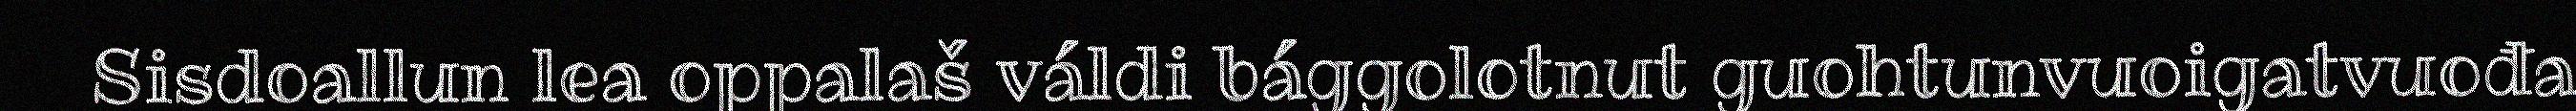
Sisdoallun lea oppalaš váldi bággolotnut guohtunvuoigatvuođa